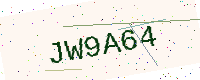
Text: JW9A64